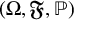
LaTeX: ( \Omega , { \mathfrak { F } } , \mathbb { P } )